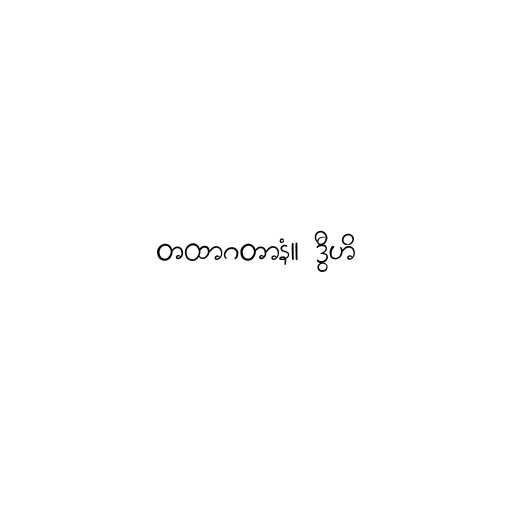
တထာဂတာနံ။ ဒွီဟိ